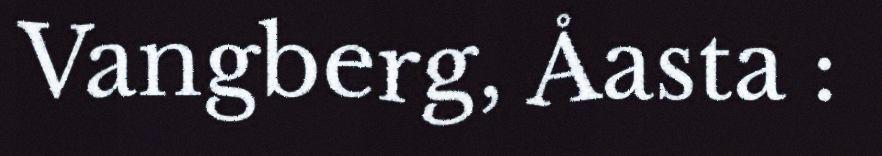
Vangberg, Åasta :